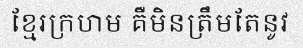
ខ្មែរក្រហម គឺមិនត្រឹមតែនូវ